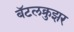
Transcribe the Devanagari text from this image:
बॅटलक्रुझर